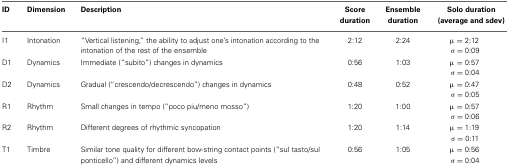
<table><thead><tr><td><b>ID</b></td><td><b>Dimension</b></td><td><b>Description</b></td><td><b>Score duration</b></td><td><b>Ensemble duration</b></td><td><b>Solo duration (average and sdev)</b></td></tr></thead><tbody><tr><td>I1</td><td>Intonation</td><td>“Vertical listening,” the ability to adjust one&#x27;s intonation according to the intonation of the rest of the ensemble</td><td>2:12</td><td>2:24</td><td>μ = 2:12 σ = 0:09</td></tr><tr><td>D1</td><td>Dynamics</td><td>Immediate (“subito”) changes in dynamics</td><td>0:56</td><td>1:03</td><td>μ = 0:57 σ = 0:04</td></tr><tr><td>D2</td><td>Dynamics</td><td>Gradual (“crescendo/decrescendo”) changes in dynamics</td><td>0:48</td><td>0:52</td><td>μ = 0:47 σ = 0:05</td></tr><tr><td>R1</td><td>Rhythm</td><td>Small changes in tempo (“poco piu/meno mosso”)</td><td>1:20</td><td>1:00</td><td>μ = 0:57 σ = 0:06</td></tr><tr><td>R2</td><td>Rhythm</td><td>Different degrees of rhythmic syncopation</td><td>1:20</td><td>1:14</td><td>μ = 1:19 σ = 0:11</td></tr><tr><td>T1</td><td>Timbre</td><td>Similar tone quality for different bow-string contact points (“sul tasto/sul ponticello”) and different dynamics levels</td><td>0:56</td><td>1:05</td><td>μ = 0:56 σ = 0:04</td></tr></tbody></table>